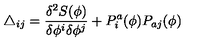
\triangle _ { i j } = \frac { \delta ^ { 2 } S ( \phi ) } { \delta \phi ^ { i } \delta \phi ^ { j } } + P _ { i } ^ { a } ( \phi ) P _ { a j } ( \phi )